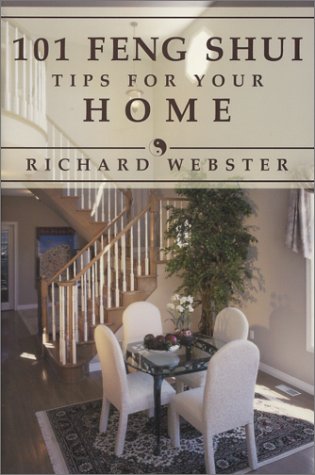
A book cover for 101 Feng Shui Tips for Your Home (Feng Shui Series); Richard Webster; Religion & Spirituality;